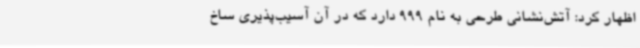
اظهار کرد: آتش‌نشانی طرحی به نام 999 دارد که در آن آسیب‌پذیری ساخ